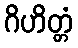
ဂိဟိတ္တံ